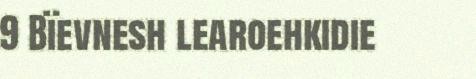
9 Bïevnesh learoehkidie